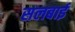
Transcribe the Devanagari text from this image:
सलबाई